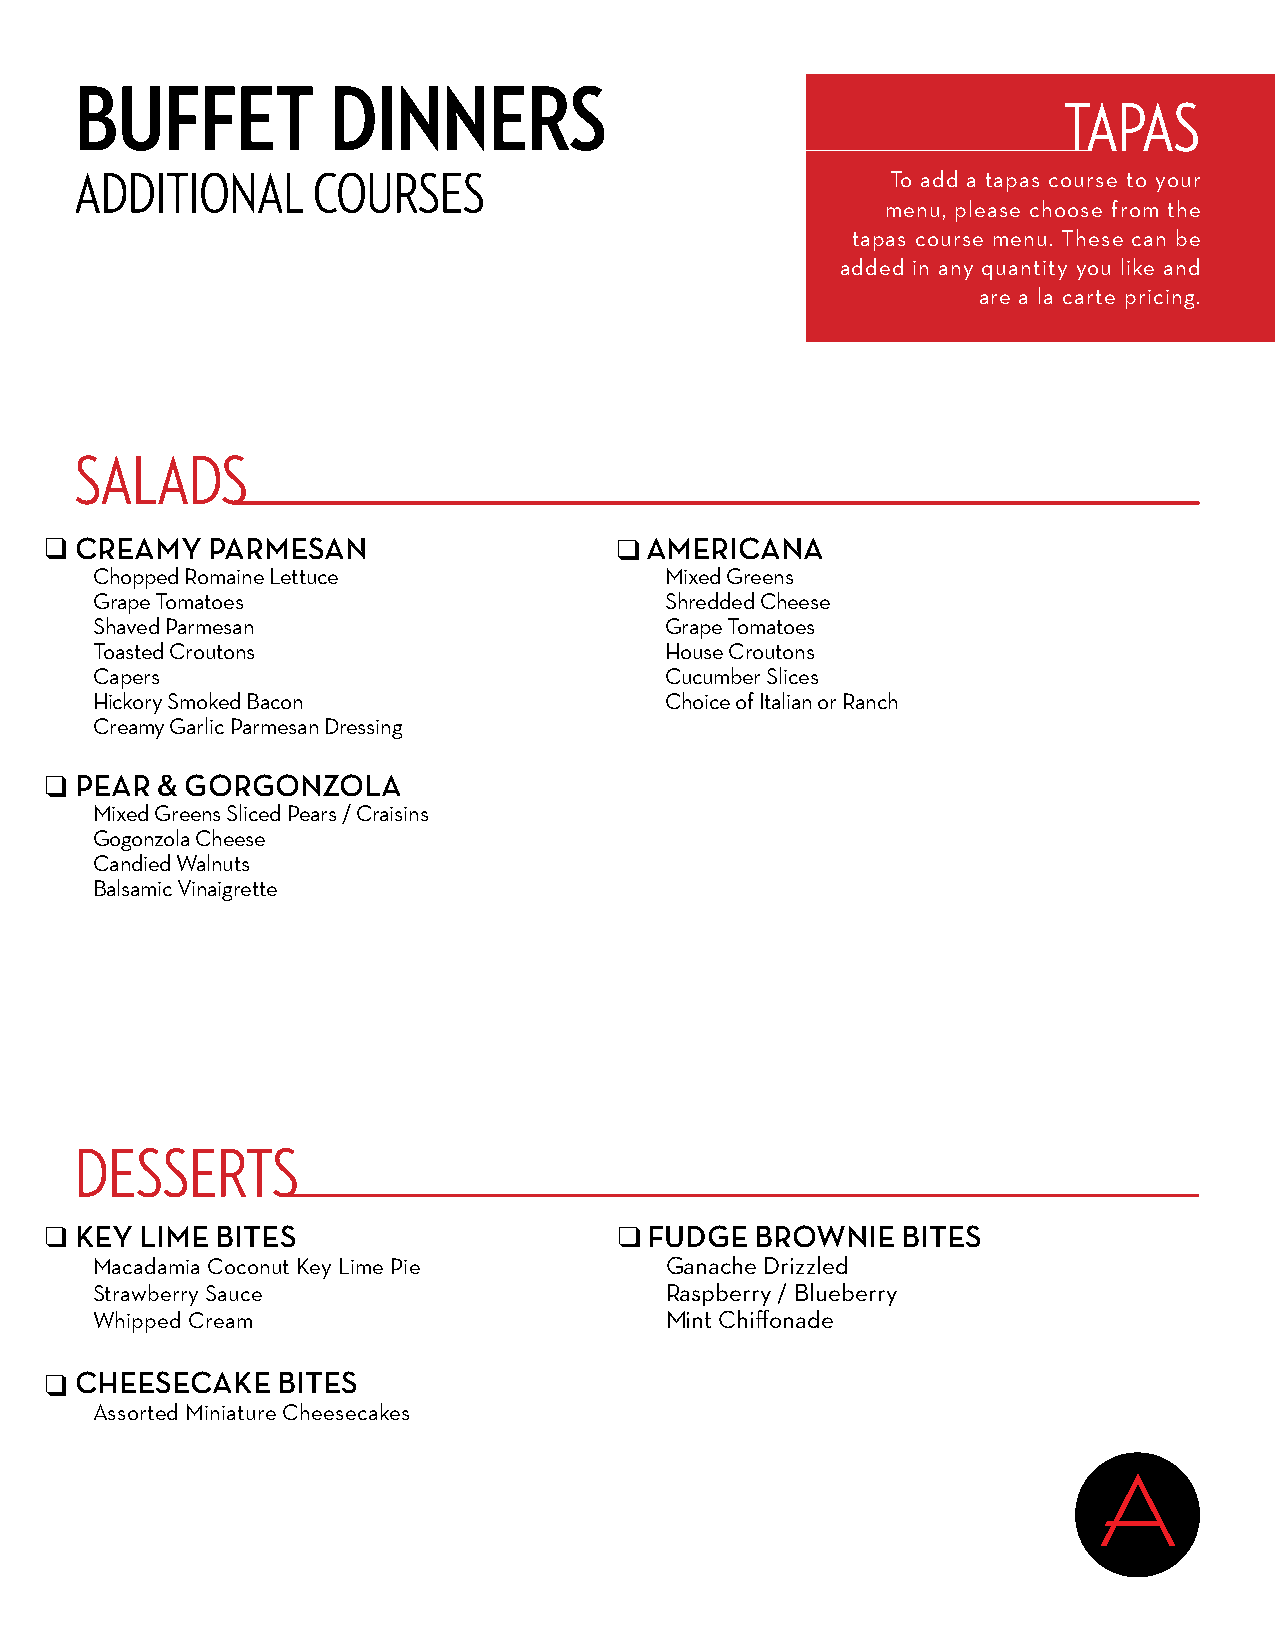
BUFFET           DINNERS
 TAPAS
 ADDITIONAL      COURSES                               To add a tapas course to your
 menu, please choose from the
 tapas course menu. These can be
 added in any quantity you like and
 are a la carte pricing.
 SALADS
 CREAMY   PARMESAN                     AMERICANA
 Chopped Romaine Lettuce               Mixed Greens
 Grape Tomatoes                        Shredded Cheese
 Shaved Parmesan                       Grape Tomatoes
 Toasted Croutons                      House Croutons
 Capers                                Cucumber Slices
 Hickory Smoked Bacon                  Choice of Italian or Ranch
 Creamy Garlic Parmesan Dressing
 PEAR & GORGONZOLA
 Mixed Greens Sliced Pears / Craisins
 Gogonzola Cheese
 Candied Walnuts
 Balsamic Vinaigrette
 DESSERTS
 KEY LIME BITES                        FUDGE  BROWNIE   BITES
 Macadamia Coconut Key Lime Pie        Ganache Drizzled
 Strawberry Sauce                      Raspberry / Blueberry
 Whipped Cream                         Mint Chiffonade
 CHEESECAKE   BITES
 Assorted Miniature Cheesecakes